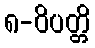
၈-ဝိပတ္တိ